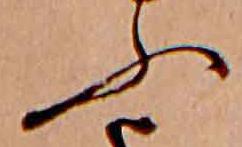
ふ